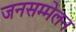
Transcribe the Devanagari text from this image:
जनसम्मेलन